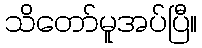
သိတော်မူအပ်ပြီ။